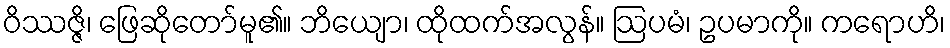
ဝိဿဇ္ဇိ၊ ဖြေဆိုတော်မူ၏။ ဘိယျော၊ ထိုထက်အလွန်။ ဩပမံ၊ ဥပမာကို။ ကရောဟိ၊